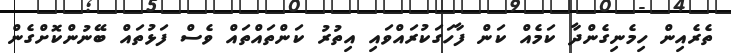
ތެރެއިން ހިމެނިގެންދާ ކަމެއް ކަން ފާހަގަކުރައްވައި އިތުރު ކަންތައްތައް ވެސް ފަޅުތައް ބޭނުންކޮށްގެން